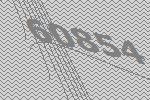
60854